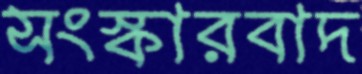
সংস্কারবাদ